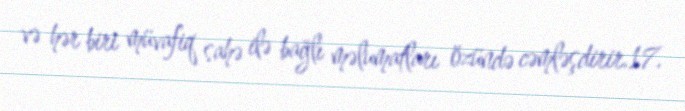
və hər biri müvafiq sahə ilə bağlı məlumatları özündə cəmləşdirir.17.